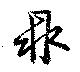
鼎